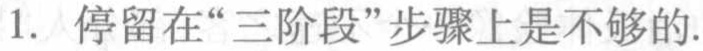
1. 停留在“三阶段”步骤上是不够的.